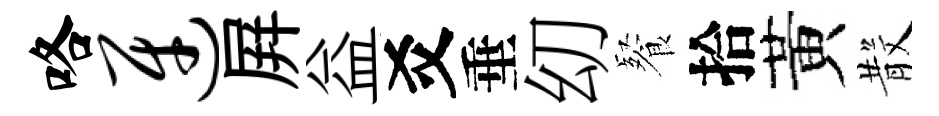
咯迓屛益爻垂㓜餐拾黃𣪚